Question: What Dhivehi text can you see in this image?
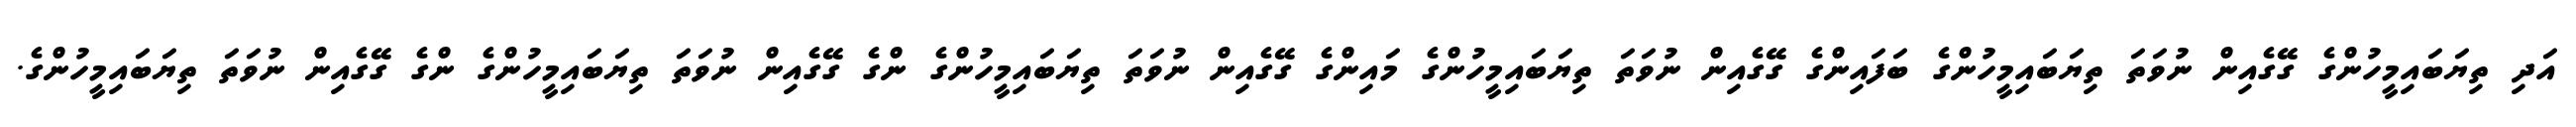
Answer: އަދި ތިޔަބައިމީހުންގެ ގޭގެއިން ނުވަތަ ތިޔަބައިމީހުންގެ ބަފައިންގެ ގޭގެއިން ނުވަތަ ތިޔަބައިމީހުންގެ މައިންގެ ގޭގެއިން ނުވަތަ ތިޔަބައިމީހުންގެ ންގެ ގޭގެއިން ނުވަތަ ތިޔަބައިމީހުންގެ ންގެ ގޭގެއިން ނުވަތަ ތިޔަބައިމީހުންގެ.